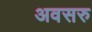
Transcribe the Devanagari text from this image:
अवसरु